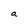
Character: a